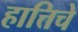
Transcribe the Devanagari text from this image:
हात्तिचे